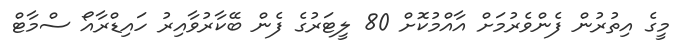
މީގެ އިތުރުން ފެންވެރުމަށް އާއްމުކޮށް 80 ލީޓަރުގެ ފެން ބޭކާރުވާއިރު ހައިޑްރާއޯ ސްމާޓް